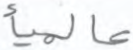
عالميأ